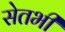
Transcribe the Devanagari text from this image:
सेतभी